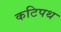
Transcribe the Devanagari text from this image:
कटिपथ